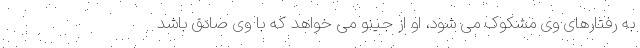
به رفتارهای وی مشکوک می شود، او از جینو می خواهد که با وی صادق باشد